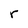
Character: r